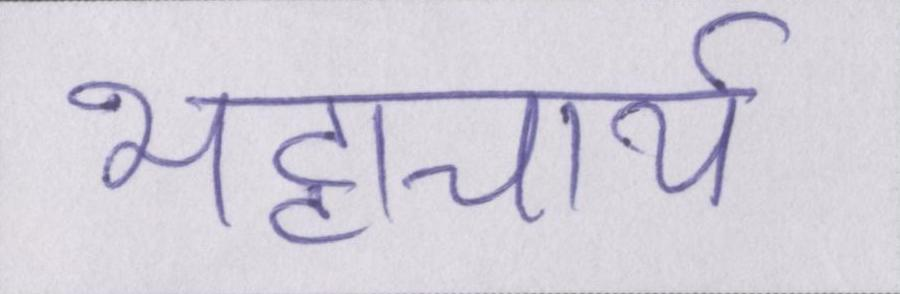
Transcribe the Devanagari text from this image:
भट्टाचार्य